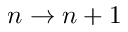
n \rightarrow n + 1